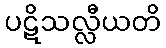
ပဋိသလ္လီယတိ